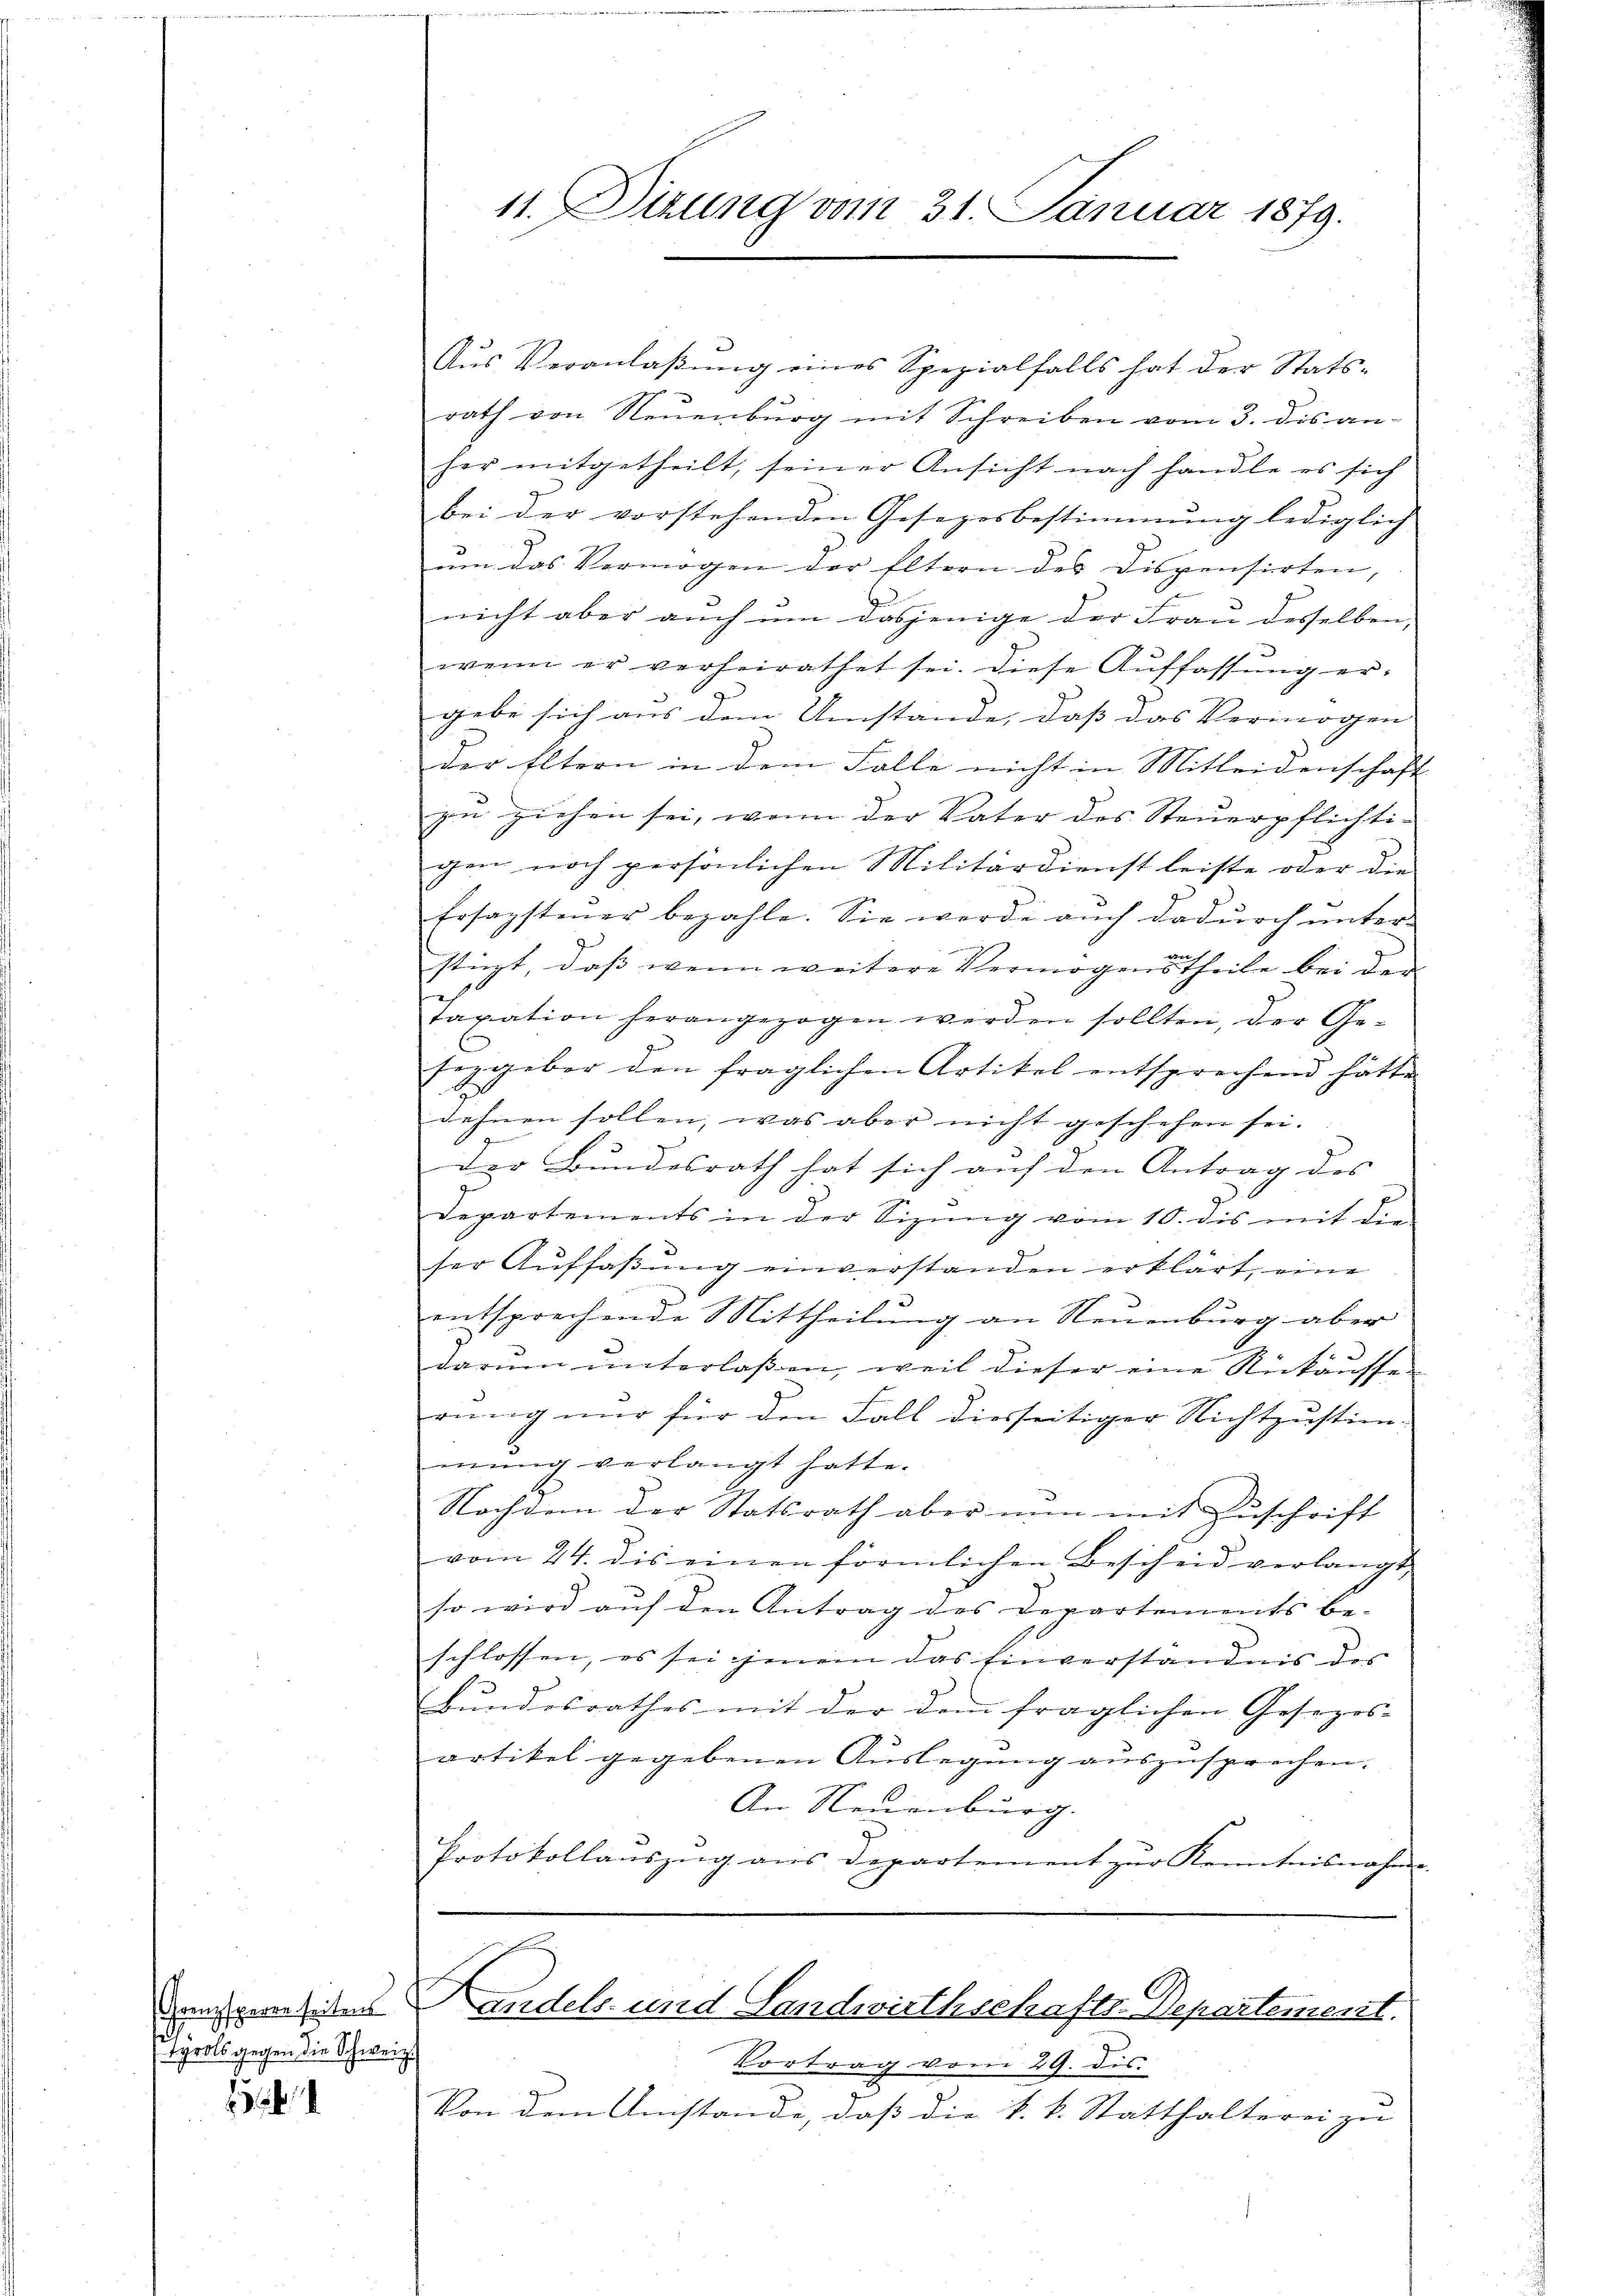
Grenzsperre seitens
2
tyrols gegen die Schweiz.

Aŭs Veranlaβŭng eines Spezialfalls hat der Stats-
rath von Neuenburg mit Schreiben vom 3. dis an-
her mitgetheilt, seiner Ansicht nach handle es sich
bei der vorstehenden Gesezesbestimmung lediglich
um das Vermögen der Eltern des Dispensirten,
2
nicht aber auch um dasjenige der Frau desselben,
wenn er verheirathet sei. Diese Auffassŭng er-
gebe sich aus den Umstände, daß das Vermögen
der Eltern in dem Falle nicht in Mitleidenschaft
zu ziehen sei, wenn der Vater des Steuerpflichti-
gen noch persönlichen Militärdienst leiste oder die
Ersagstener bezahle. Sie werde auch dadurch unter
stüzt, dass wenn weitere Vermögenstheile bei dem
e
taxation herangezogen werden sollten, der Ge-
seggeber den fraglichen Artikel entsprechend hätte
dehnen sollen, was aber nicht geschehen sei.
e
der Bundesrath hat sich auf den Antrag des |
Departements in der Sizung vom 10. dis mit die
ser Aŭfsaβŭng einverstanden erklärt, eine
entsprechende Mittheilung an Neuenburg aber
darŭm ŭnterlaßen, weil dieser eine Nickausser
rung nur für den Fall diesseitiger Nichtzustim-
mung verlangt hatte.
Nachdem der Statsrath aber nun mit Zuschrift
vom 24. dis einen förmlichen Bescheid verlangt,
so wird auf den Antrag des Departements be- |
schlossen, es sei jenem das Einverständnis des
bŭndesrathes mit der dem fraglichen Gesezes-
artikel gegebenen Auslegung auszusprechen.
An Neuenburg.
Protokollauszug aus Departement zur Kenntnisnahm

11. Sizung vom 31. Januar 1879.

Landels- und Landwirthschafts-Departement.

Vortrag vom 29. dis.
Von dem Umstande, daß die k. k. Statthalterei zu